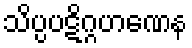
သိပ္ပပဋိဂ္ဂဟဏေန